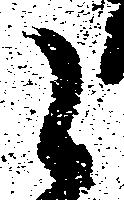
之